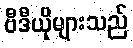
ဗီဒီယိုများသည်